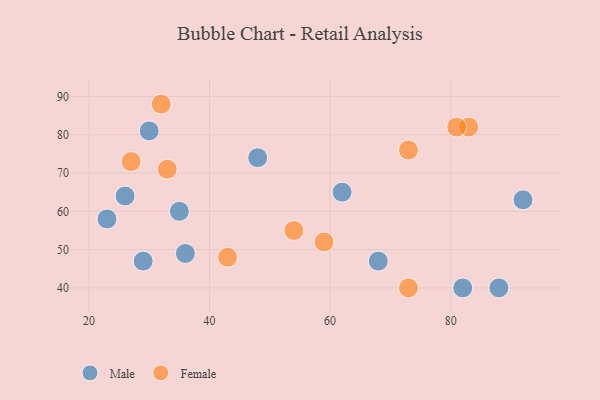
{"axis": {"x": "GDP", "y": "Life Expectancy"}, "legend": ["Female", "Male"], "data": [{"x": "36", "y": 49, "type": "Male"}, {"x": "26", "y": 64, "type": "Male"}, {"x": "23", "y": 58, "type": "Male"}, {"x": "29", "y": 47, "type": "Male"}, {"x": "62", "y": 65, "type": "Male"}, {"x": "68", "y": 47, "type": "Male"}, {"x": "48", "y": 74, "type": "Male"}, {"x": "30", "y": 81, "type": "Male"}, {"x": "88", "y": 40, "type": "Male"}, {"x": "82", "y": 40, "type": "Male"}, {"x": "35", "y": 60, "type": "Male"}, {"x": "92", "y": 63, "type": "Male"}, {"x": "73", "y": 40, "type": "Female"}, {"x": "59", "y": 52, "type": "Female"}, {"x": "33", "y": 71, "type": "Female"}, {"x": "83", "y": 82, "type": "Female"}, {"x": "32", "y": 88, "type": "Female"}, {"x": "81", "y": 82, "type": "Female"}, {"x": "54", "y": 55, "type": "Female"}, {"x": "73", "y": 76, "type": "Female"}, {"x": "43", "y": 48, "type": "Female"}, {"x": "27", "y": 73, "type": "Female"}]}